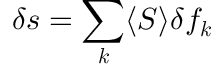
\delta \boldsymbol { s } = \sum _ { \boldsymbol { k } } \langle \boldsymbol { S } \rangle \delta f _ { \boldsymbol { k } }